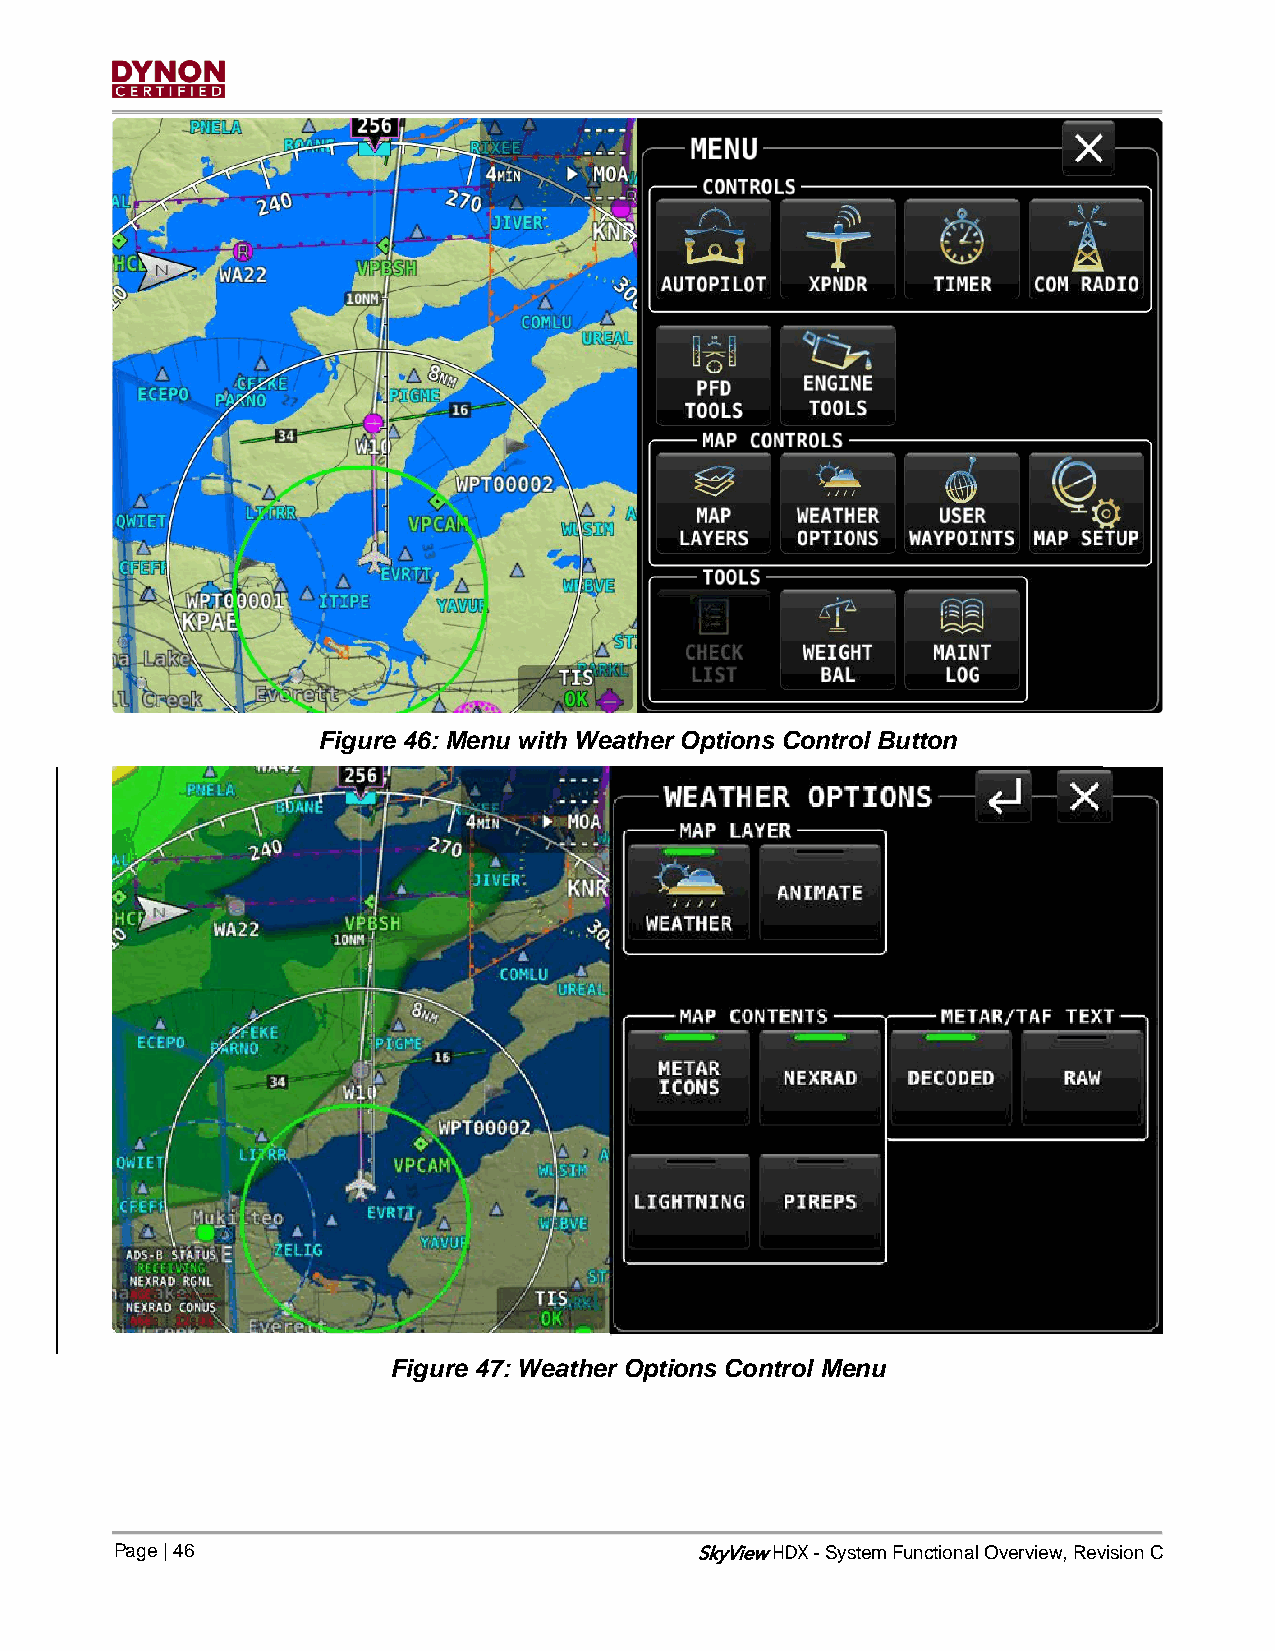
Figure 46: Menu with Weather Options Control Button
 Figure 47: Weather Options Control Menu
 Page | 46                             SkyView - System Functional Overview, Revision C